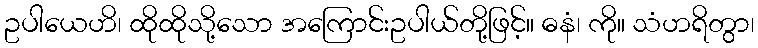
ဥပါယေဟိ၊ ထိုထိုသို့သော အကြောင်းဥပါယ်တို့ဖြင့်။ ဓနံ၊ ကို။ သံဟရိတွာ၊